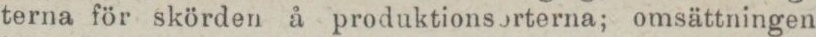
terna för skörden å produktionsorterna; omsättningen